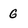
Character: g